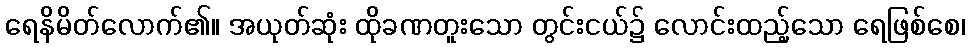
ရေနိမိတ်လောက်၏။ အယုတ်ဆုံး ထိုခဏတူးသော တွင်းငယ်၌ လောင်းထည့်သော ရေဖြစ်စေ၊